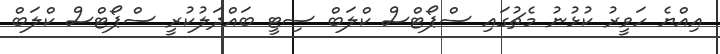
އިއްޔެ ހަވީރު ކުޅުނު މެޗުގައި ސްޕޯޓްސް ކްލަބް ސިޓީ ބައްދަލުކުރީ ސްޕޯޓްސް ކްލަބް